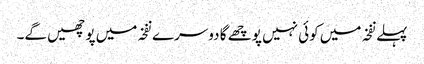
پہلے نفخہ میں کوئی نہیں پوچھے گا دوسرے نفخہ میں پوچھیں گے۔